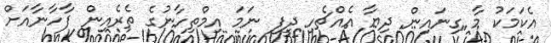
އެކަމަކު މާ ގިނައިން ދިޔާ އެއްޗެހި ދީފި ނަމަ އިމްތިހާނުގެ ތެރެއިން ފާހާނާއަށް